65_HS1-834228961_62-HQ-83894_Section_7
Agency: FBI
Page 177
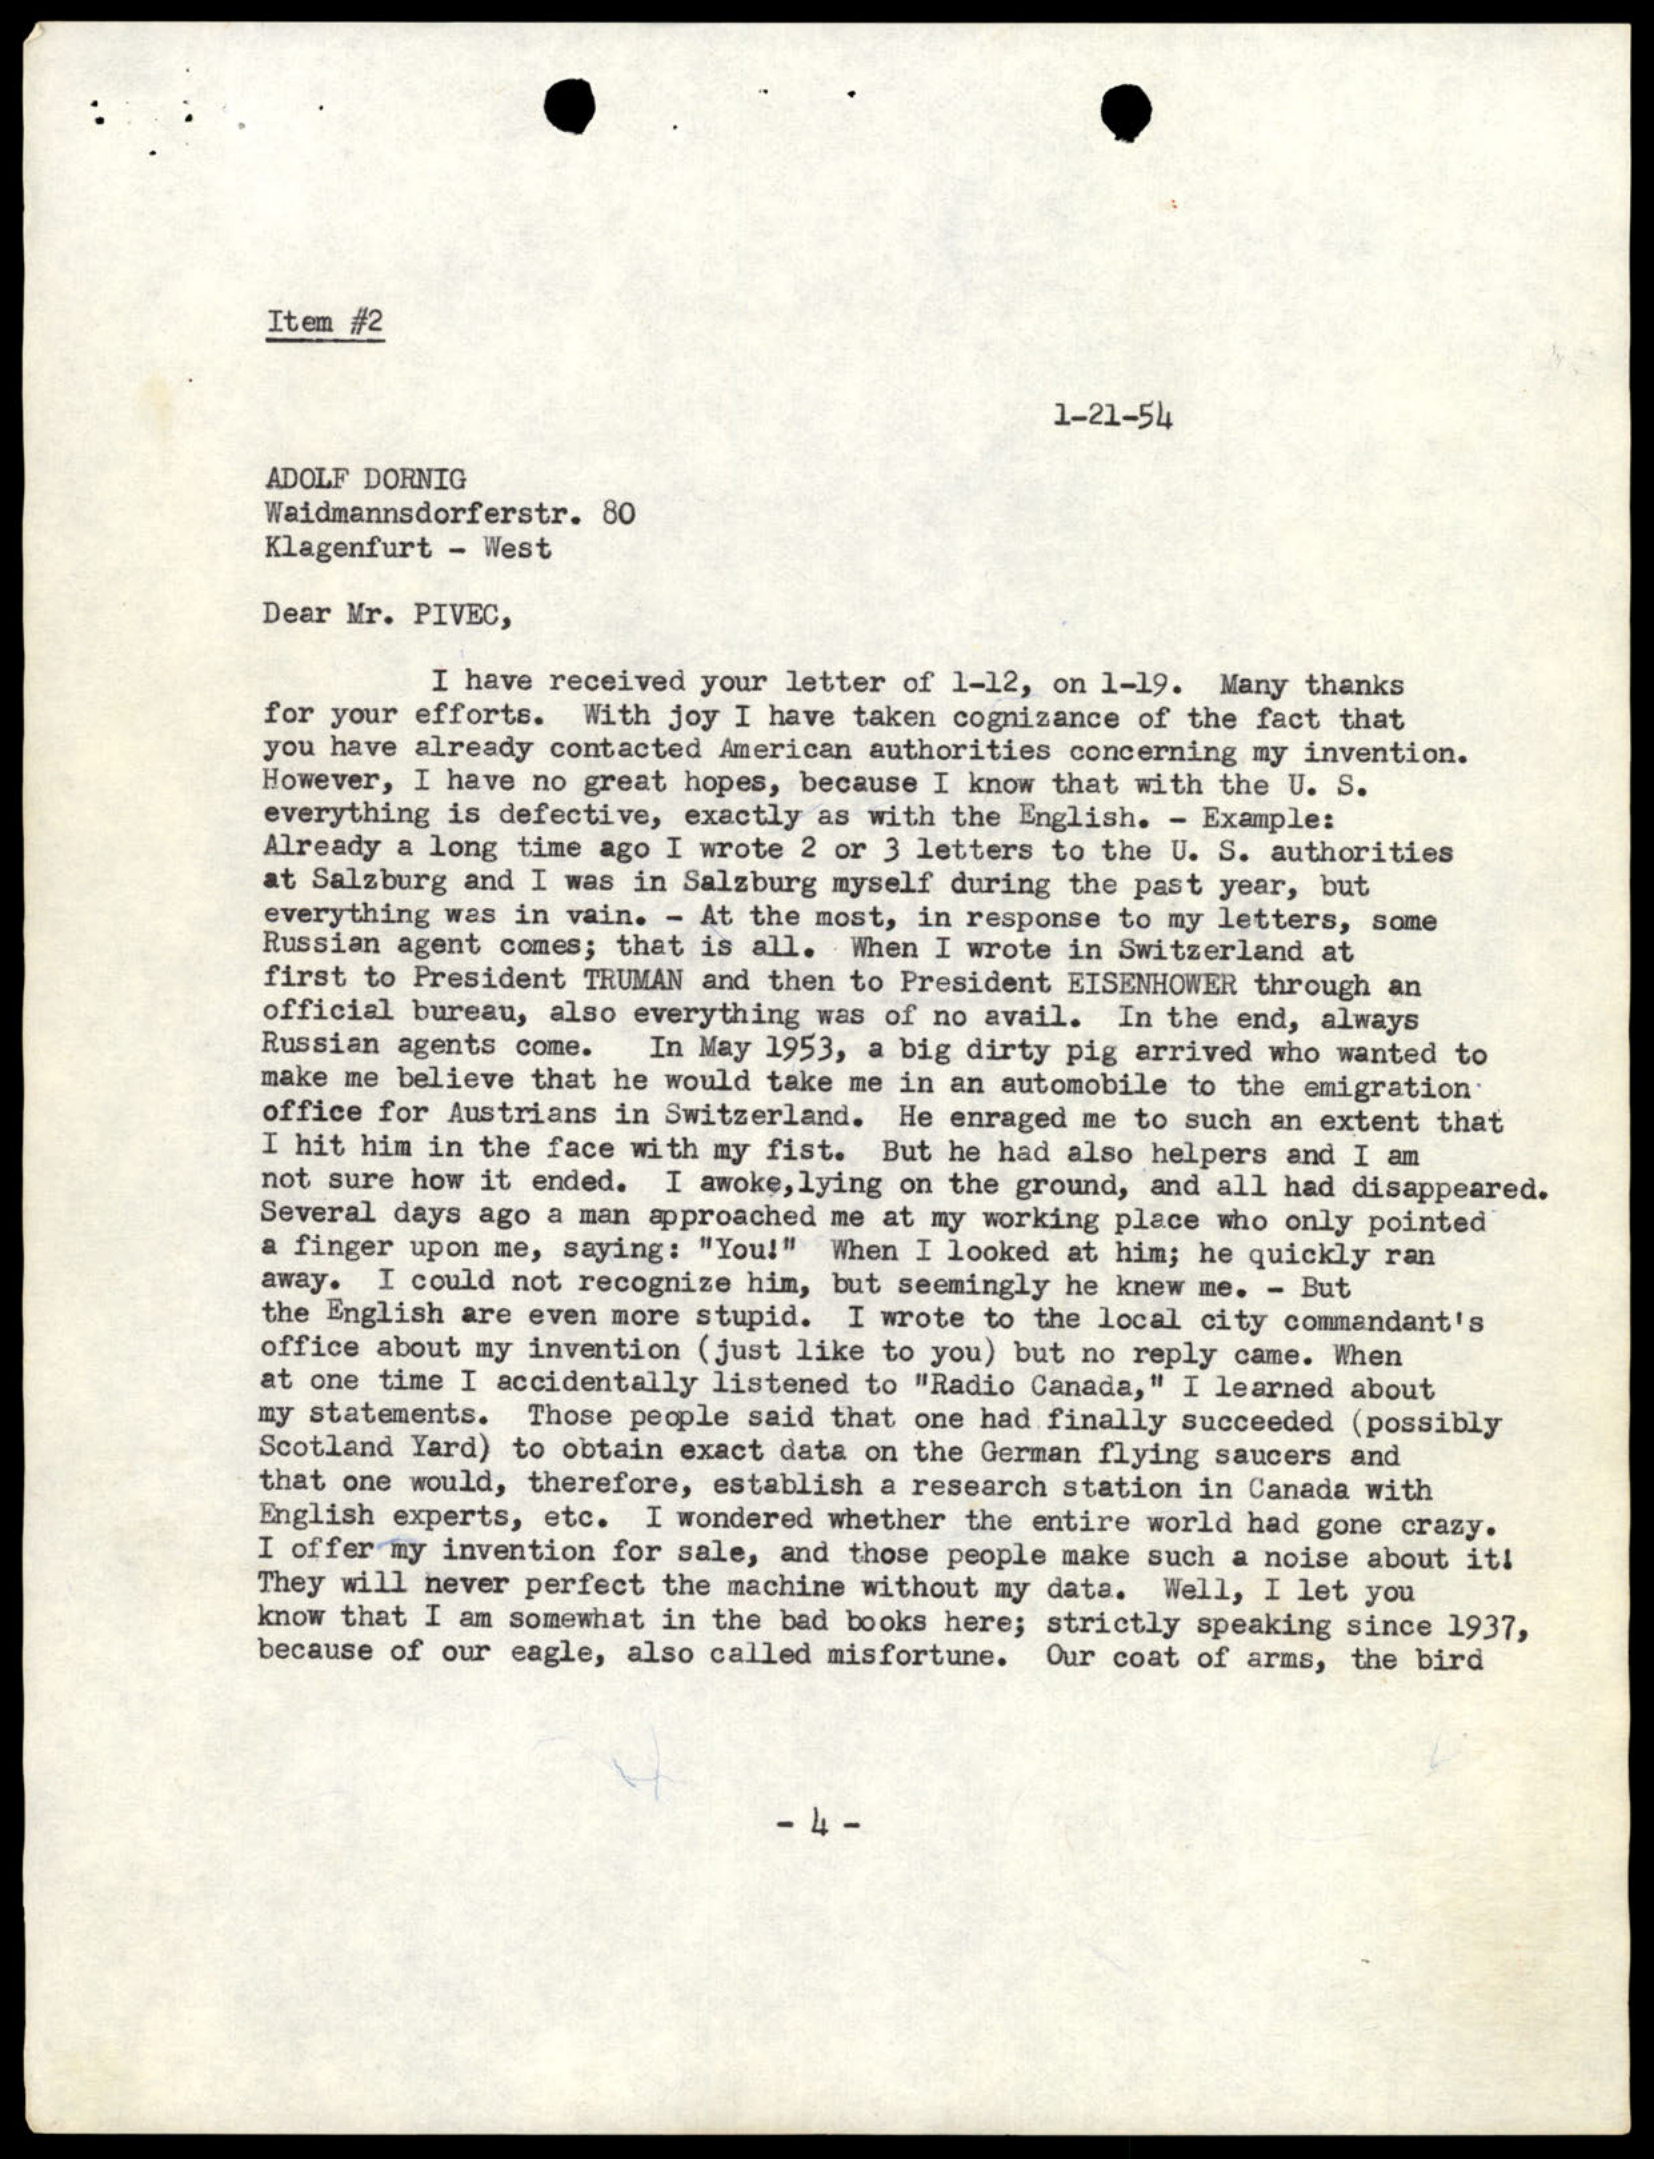